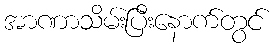
အာဏာသိမ်းပြီးနောက်တွင်